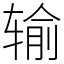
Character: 输